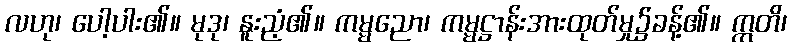
လဟု၊ ပေါ့ပါး၏။ မုဒု၊ နူးညံ့၏။ ကမ္မညော၊ ကမ္မဋ္ဌာန်းအားထုတ်မှု၌ခန့်၏။ ဣတိ၊